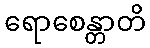
ရောစေန္တာတိ